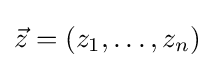
{\vec {z}}=(z_{1},\dots ,z_{n})